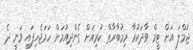
ޖުމްލަ އަށް ޓީމް ވާދަކުރާ މިމުބާރާތް ކުރިއަށް ގެންދިއުމަށް ހަމަޖެހިފައި ވަނީ ދެ